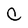
Character: c